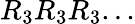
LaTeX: R_{3}R_{3}R_{3}...